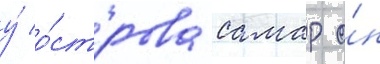
у́ о́строва самар о́н